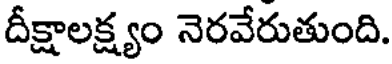
దీక్షాలక్ష్యం నెరవేరుతుంది.